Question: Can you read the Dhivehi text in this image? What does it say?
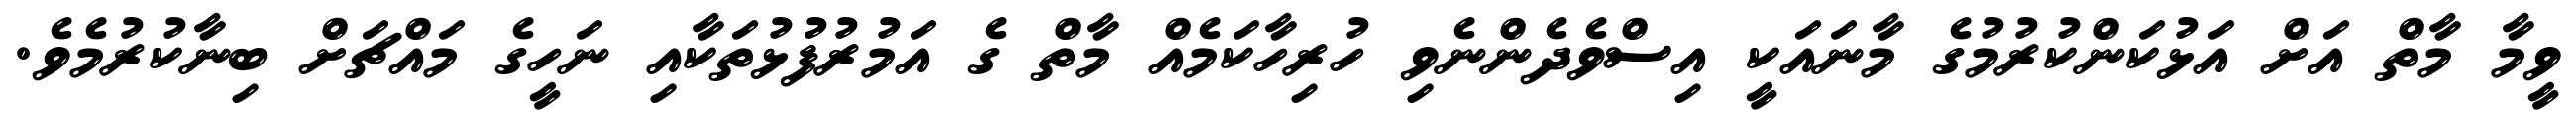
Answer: ވީމާ މާތް އަށް އަޅުކަންކުރުމުގެ މާނައަކީ އިސްވެދެންނެވި ހުރިހާކަމެއް މާތް ގެ އަމުރުފުޅުތަކާއި ނަހީގެ މައްޗަށް ބިނާކުރުމެވެ.